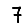
Digit: 7